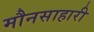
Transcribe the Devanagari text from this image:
मौनसाहारी